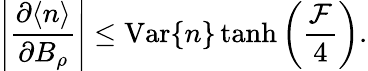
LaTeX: \left|\frac{\partial\langle n\rangle}{\partial B_{\rho}}\right|\leq\mathrm{Var}\{ n\} \operatorname{tanh}\left(\frac{\mathcal{F}}{4}\right).